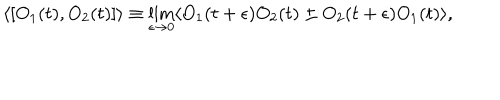
\langle [ O _ { 1 } ( t ) , O _ { 2 } ( t ) ] \rangle \equiv \lim _ { \epsilon \rightarrow 0 } \langle O _ { 1 } ( t + \epsilon ) O _ { 2 } ( t ) \pm O _ { 2 } ( t + \epsilon ) O _ { 1 } ( t ) \rangle ,